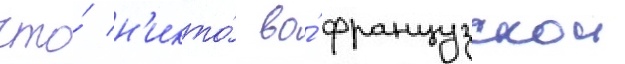
что́ н'икто́ во́ французскои